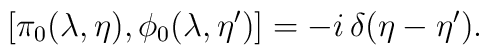
\left[ \pi_0(\lambda,\eta), \phi_0(\lambda,\eta') \right] = -i\,\delta(\eta - \eta').